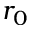
r _ { 0 }